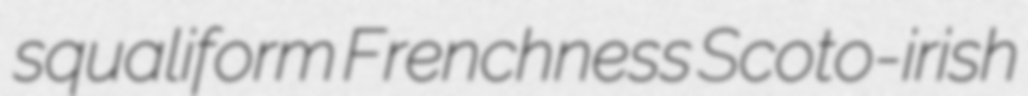
squaliform Frenchness Scoto-irish